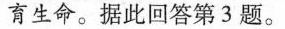
育生命。据此回答第3题。